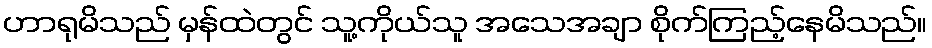
ဟာရုမိသည် မှန်ထဲတွင် သူ့ကိုယ်သူ အသေအချာ စိုက်ကြည့်နေမိသည်။